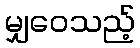
မျှဝေသည့်